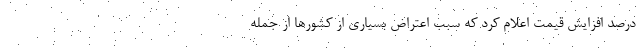
درصد افزایش قیمت اعلام کرد که سبب اعتراض بسیاری از کشورها از جمله